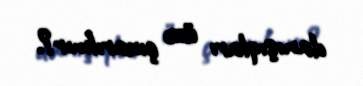
danışıqları üzə çıxarılmır?.